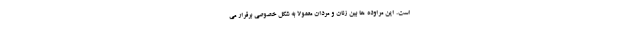
است. این مراوده ها بین زنان و مردان معمولاً به شکل خصوصی برقرار می